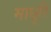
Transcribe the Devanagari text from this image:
माधुरि